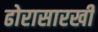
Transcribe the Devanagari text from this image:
ढोरासारखी